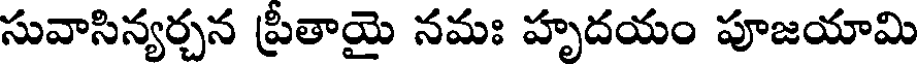
సువాసిన్యర్చన ప్రీతాయై నమః హృదయం పూజయామి